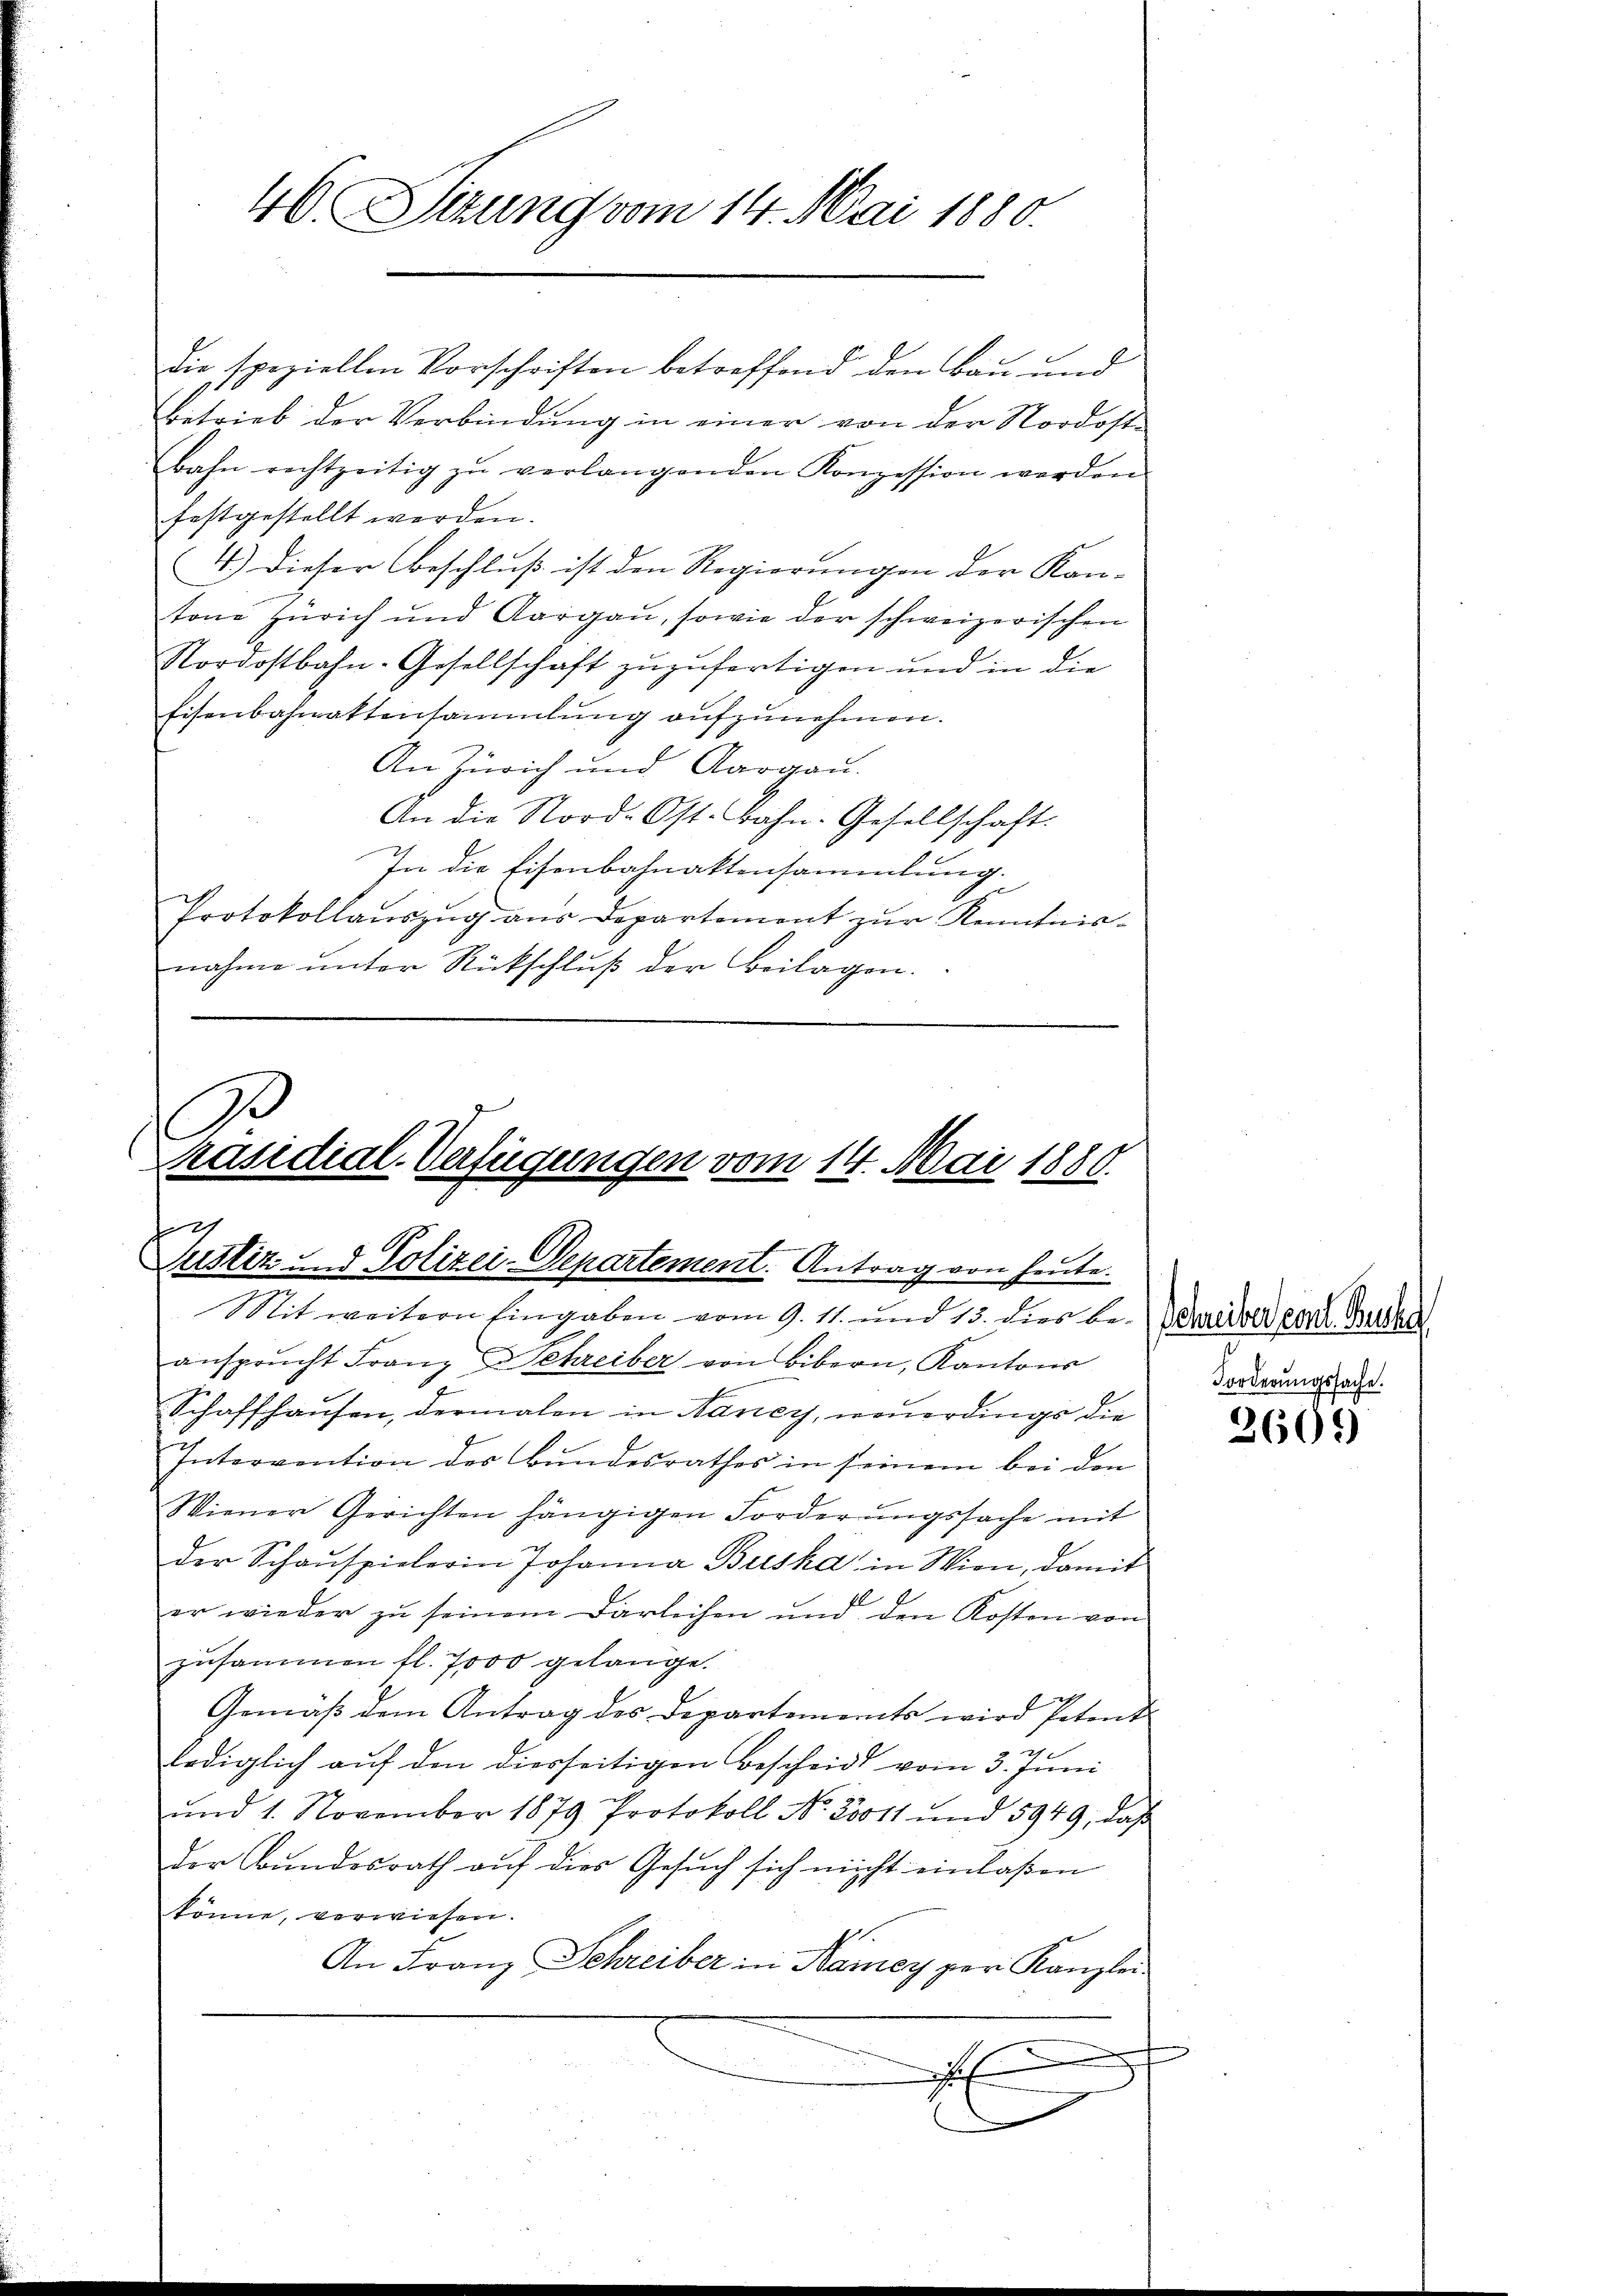
46. Sitzung vom 14. Mai 1880.

die speziellen Vorschriften betreffend den Bau und
Betrieb der Verbindung in einer von der Nordostbahn rechtzeitig zŭ verlangenden Konzession werden
festgestellt werden.
4.) Dieser Beschluß ist den Regierungen der Kon-
tone Zürich und Aargau, sowie der schweizerischen
Nordostbahn-Gesellschaft zuzufertigen und in die
Eisenbahnattensammlung aufzunehmen.
An Zürich und Aargau.
An die Nord-Ost. Bahn-Gesellschaft.
In die Eisenbahnaktensammlung.
Protokollaŭszŭg aŭs Departement zŭr Kenntnis-
nahme ŭnter Rückschlŭβ der Beilagen.

Präsidial-Verfügungen vom 14. Mai 1880.
a
Justiz und Polizei-Departement. Antrag von heute.
Mit weitern Eingaben vom 9. 11. und 15. dies be- Preise ein Gutha

ansprŭcht Franz Schreiber von Bibern, Kantons
.
Schaffhausen, dermalen in Nancy, neuerdings die
Intervention des Bundesrathes in seinem bei den
Wiener Gerichten hängigen Forderungssache mit
der Schauspielerin Johanna Buska in Wien, damit
E
er wieder zu seinem Darleihen und den Kosten von
zusammen fl. 7000 gelange.
Gemäβ dem Antrag des Departements wird Petent
lediglich auf den diesseitigen Bescheid vom 3. Juni
und 1. November 1879 Protokoll No. 20011 und 5949, daß
der Bŭndesrath aŭf dies Gesŭch sich nicht einlaßen
könne, verwiesen.
An Franz Schreiber in Namey per Kanzlei.

e

Forderungssache.

3609